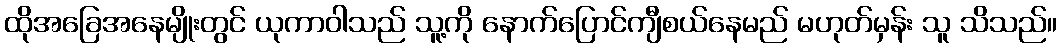
ထိုအခြေအနေမျိုးတွင် ယုကာဝါသည် သူ့ကို နောက်ပြောင်ကျီစယ်နေမည် မဟုတ်မှန်း သူ သိသည်။